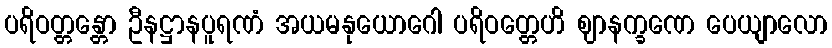
ပရိဝတ္တန္တော ဦနဋ္ဌာနပူရဏံ အယမနုယောဂေါ ပရိဝတ္တေဟိ ဈာနက္ခဏေ ပေယျာလော